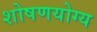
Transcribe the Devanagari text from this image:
शोषणयोग्य